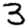
Digit: 3